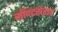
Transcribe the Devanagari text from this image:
मॉण्टसेराट